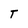
Character: T